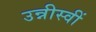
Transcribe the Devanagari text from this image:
उन्नीस्वीं